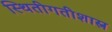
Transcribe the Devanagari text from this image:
स्थितीगतीशास्त्र